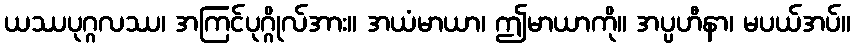
ယဿပုဂ္ဂလဿ၊ အကြင်ပုဂ္ဂိုလ်အား။ အယံမာယာ၊ ဤမာယာကို။ အပ္ပဟီနာ၊ မပယ်အပ်။